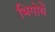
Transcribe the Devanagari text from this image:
भिगोयें